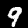
Digit: 9